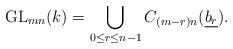
LaTeX: \begin{align*} \mathrm{GL}_{mn}(k)= \bigcup\limits_{0\leq r \leq n-1}C_{(m-r)n}(\underline{b_r}). \end{align*}